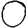
Digit: 0